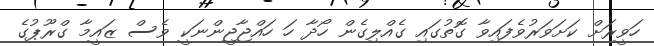
ހަވީރަށް ކަށަވަރުވެފައިވާ ގޮތުގައި ގެއްލިގެން ހޯދާ ހަ ހައްޖާޖީންނަކީ ވެސް ޒައީމާ ގްރޫޕުގެ